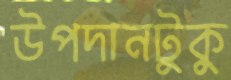
উপদানটুকু